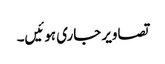
تصاویر جاری ہوئیں۔